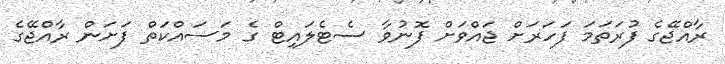
ރާއްޖޭގެ ފުރަތަމަ ފަހަރަށް ޖައްވަށް ފޮނުވާ ސެޓެލައިޓް ގެ މަސައްކަތް ފަށަން ރާއްޖޭގެ